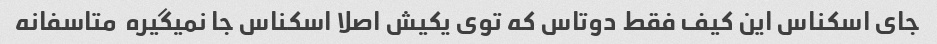
جای اسکناس این کیف فقط دوتاس که توی یکیش اصلا اسکناس جا نمیگیره  متاسفانه